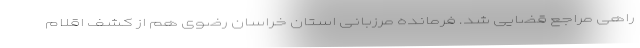
راهی مراجع قضایی شد. فرمانده مرزبانی استان خراسان رضوی هم از کشف اقلام